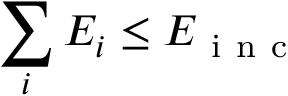
\sum _ { i } E _ { i } \leq E _ { \mathrm { ~ i ~ n ~ c ~ } }